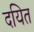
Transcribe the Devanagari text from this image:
दयित